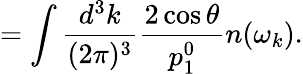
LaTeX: =\int\frac{d^{3}k}{(2\pi)^{3}}\frac{2\cos{\theta}}{p_{1}^{0}}n(\omega_{k}).